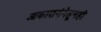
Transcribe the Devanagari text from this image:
आकाशगंगेहूनही